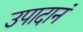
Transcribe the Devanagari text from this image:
उपादानं